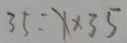
3 5 = x \times 3 5